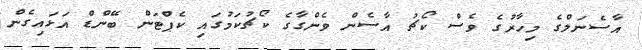
އާސެނަލްގެ މިހާރުގެ ވެސް ކޯޗު އާސެން ވެންގާގެ ކޯޗުކަމުގައި ކެޕްޓަން ބޭންޑް އަޅައިގެން